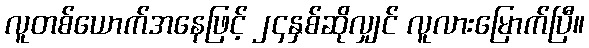
လူတစ်ယောက်အနေဖြင့် ၂၄နှစ်ဆိုလျှင် လူလားမြောက်ပြီ။